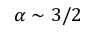
\alpha \sim 3 / 2